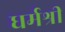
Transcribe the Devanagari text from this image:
धर्मश्री